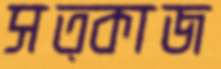
সত্কাজ